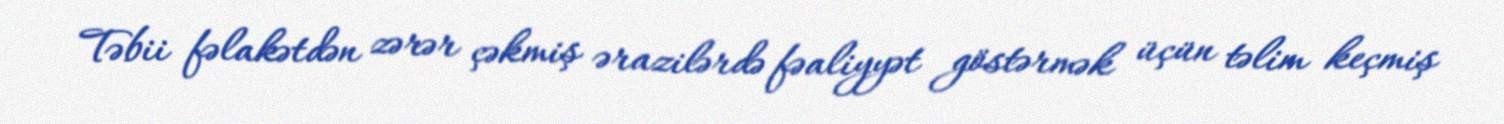
Təbii fəlakətdən zərər çəkmiş ərazilərdə fəaliyyət göstərmək üçün təlim keçmiş